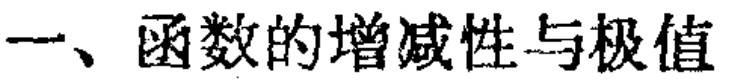
一、函数的增减性与极值